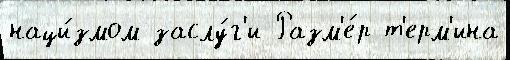
наци́змом заслу́г'и Разм'е́р т'ерм'ина